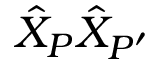
\hat { X } _ { P } \hat { X } _ { P ^ { \prime } }